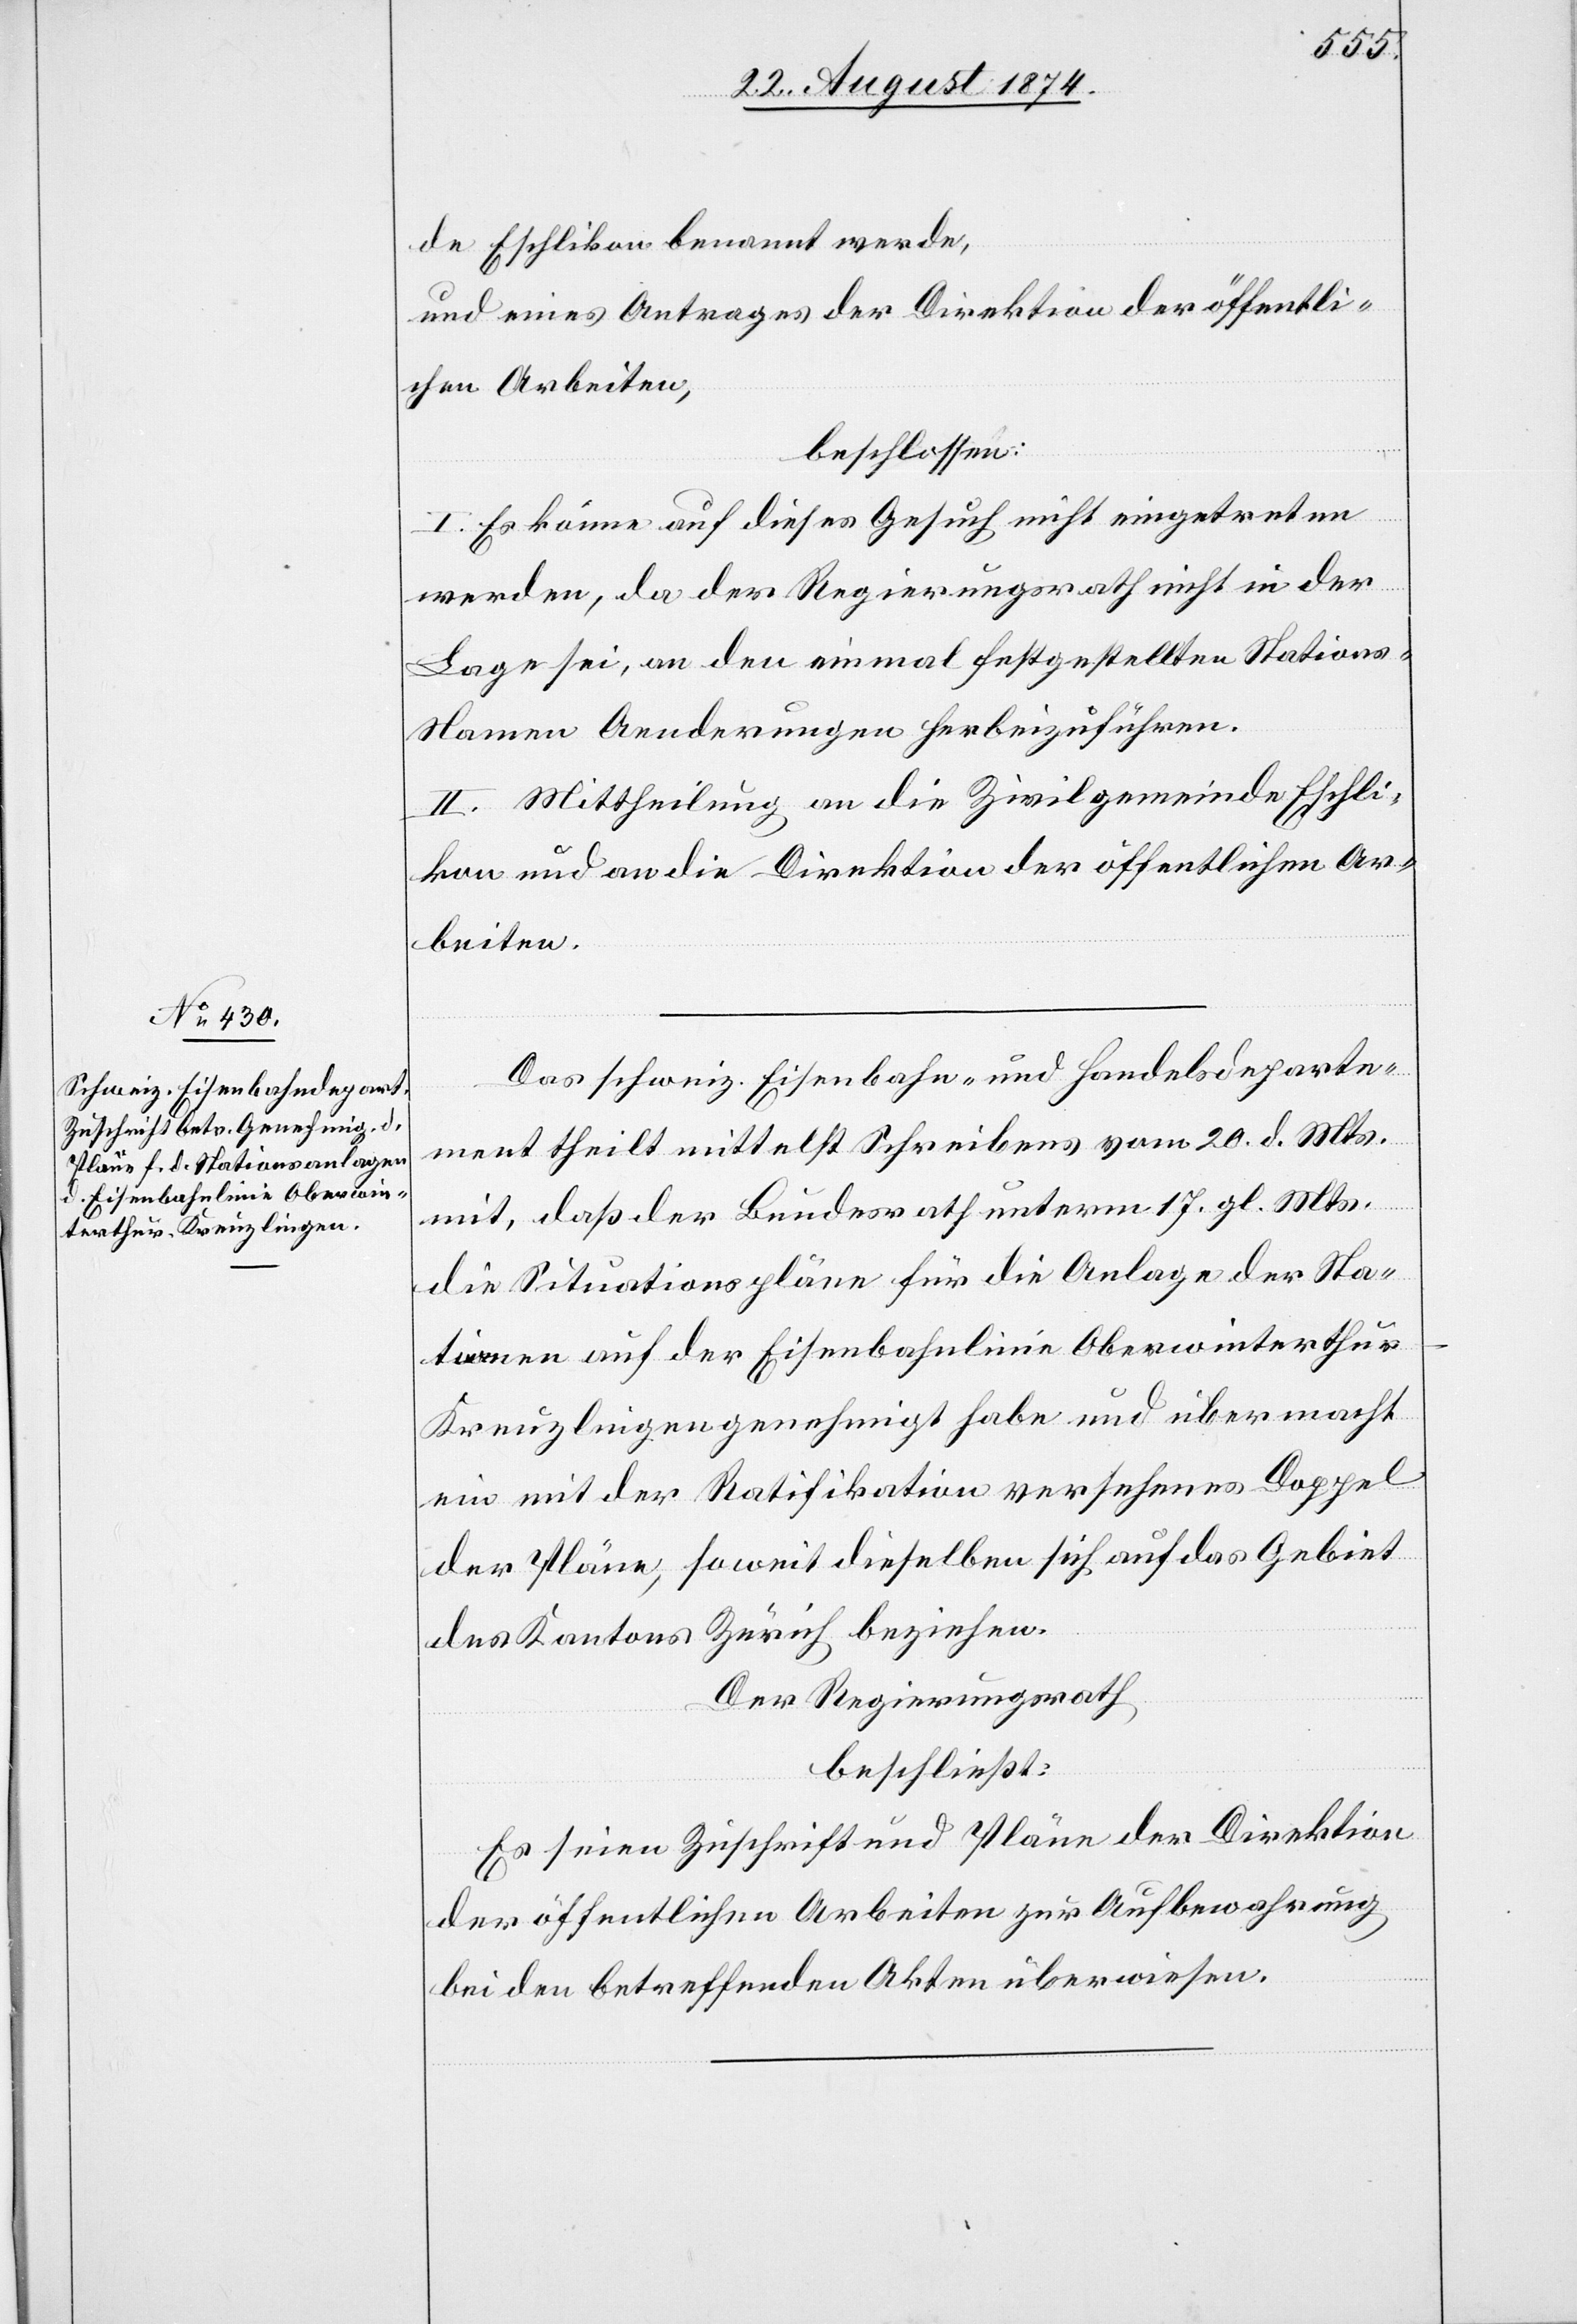
de Eschlikon benannt werde,
und eines Antrages der Direktion der öffentli¬
chen Arbeiten,
beschlossen:
I. Es könne auf dieses Gesuch nicht eingetreten
werden, da der Regierungsrath nicht in der
Lage sei, an den einmal festgestellten Station¬
s-Namen Aenderungen herbeizuführen.
II. Mittheilung an die Zivilgemeinde Eschli¬
kon und an die Direktion der öffentlichen Ar¬
beiten.
Das schweiz. Eisenbahn- und Handelsdeparte¬
ment theilt mittelst Schreibens vom 20. d. Mts.
mit, daß der Bundesrath unterm 17. gl. Mts.
die Situationspläne für die Anlage der Sta¬
tionen auf der Eisenbahnlinie Oberwinterthu¬
r–Kreuzlingen genehmigt habe und übermacht
ein mit der Ratifikation versehenes Doppel
der Pläne, soweit dieselben sich auf das Gebiet
des Kantons Zürich beziehen.
Der Regierungsrath
beschließt:
Es seien Zuschrift und Pläne der Direktion
der öffentlichen Arbeiten zur Aufbewahrung
bei den betreffenden Akten überwiesen.